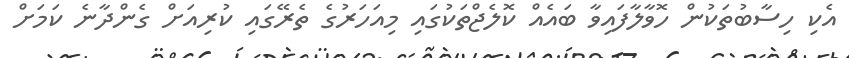
އެކި ހިސާބުތަކުން ހޮވާލާފައިވާ ބައެއް ކޮލެޖްތަކުގައި މިއަހަރުގެ ތެރޭގައި ކުރިއަށް ގެންދާނެ ކަމަށް